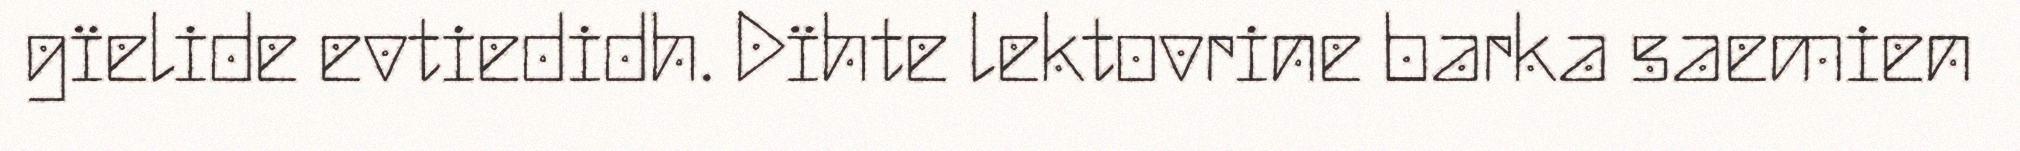
gïelide evtiedidh. Dïhte lektovrine barka saemien